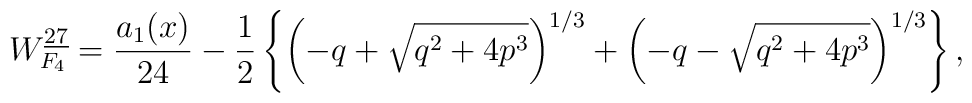
W_{F_{4}}^{\underline{27}}={a_{1}(x)\over 24}-{1\over2}\left\{ \left( -q+\sqrt{q^{2}+4 p^{3}}\right)^{1/3}+\left(-q-\sqrt{q^{2}+4 p^{3}}\right)^{1/3}\right\},